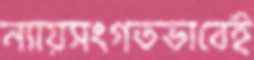
ন্যায়সংগতভাবেই